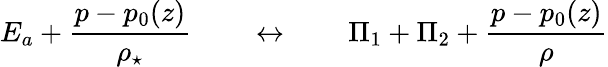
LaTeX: E_{a}+\frac{p-p_{0}(z)}{\rho_{\star}}\qquad\leftrightarrow\qquad\Pi_{1}+\Pi_{2}+\frac{p-p_{0}(z)}{\rho}